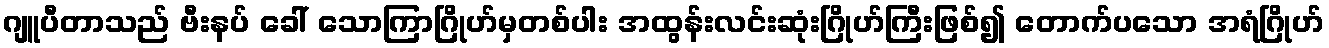
ဂျူပီတာသည် ဗီးနပ် ခေါ် သောကြာဂြိုဟ်မှတစ်ပါး အထွန်းလင်းဆုံးဂြိုဟ်ကြီးဖြစ်၍ တောက်ပသော အရံဂြိုဟ်